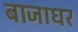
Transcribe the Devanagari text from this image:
बाजाघर